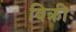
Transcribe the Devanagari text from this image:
विक्रीः